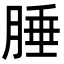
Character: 腄